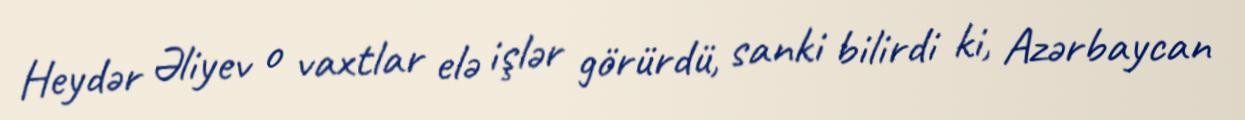
Heydər Əliyev o vaxtlar elə işlər görürdü, sanki bilirdi ki, Azərbaycan